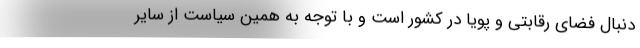
دنبال فضای رقابتی و پویا در کشور است و با توجه به همین سیاست از سایر